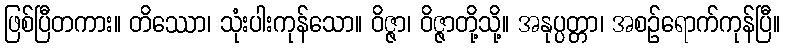
ဖြစ်ပြီတကား။ တိဿော၊ သုံးပါးကုန်သော။ ဝိဇ္ဇာ၊ ဝိဇ္ဇာတို့သို့။ အနုပ္ပတ္တာ၊ အစဉ်ရောက်ကုန်ပြီ။